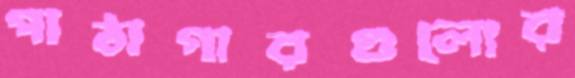
পাঠাগারগুলোর